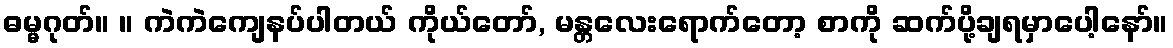
ဓမ္မဂုတ်။ ။ ကဲကဲကျေနပ်ပါတယ် ကိုယ်တော်, မန္တလေးရောက်တော့ စာကို ဆက်ပို့ချရမှာပေါ့နော်။